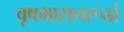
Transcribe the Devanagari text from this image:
वृषभासनरूढां